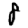
Digit: 8